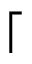
\lceil